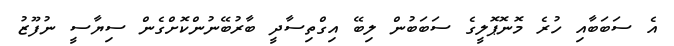
އެ ސަބަބާއި ހުރެ މޮނޮޕޮލީގެ ސަބަބުން ލިބޭ އިގްތިސާދީ ބާރުބޭނުންކޮށްގެން ސިޔާސީ ނުފޫޒު